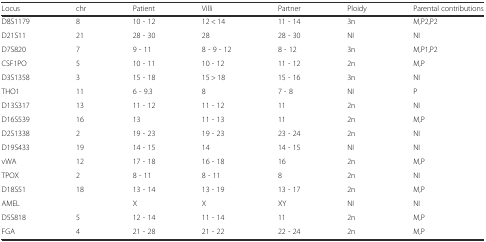
| Locus | chr | Patient | Villi | Partner | Ploidy | Parental contributions |
 | --- | --- | --- | --- | --- | --- | --- |
 | D8S1179 | 8 | 10 - 12 | 12 < 14 | 11 - 14 | 3n | M,P2,P2 |
 | D21S11 | 21 | 28 - 30 | 28 | 28 - 30 | NI | NI |
 | D7S820 | 7 | 9 - 11 | 8 - 9 - 12 | 8 - 12 | 3n | M,P1,P2 |
 | CSF1PO | 5 | 10 - 11 | 10 - 12 | 11 - 12 | 2n | M,P |
 | D3S1358 | 3 | 15 - 18 | 15 > 18 | 15 - 16 | 3n | NI |
 | THO1 | 11 | 6 - 9.3 | 8 | 7 - 8 | NI | P |
 | D13S317 | 13 | 11 - 12 | 11 - 12 | 11 | 2n | NI |
 | D16S539 | 16 | 13 | 11 - 13 | 11 | 2n | M,P |
 | D2S1338 | 2 | 19 - 23 | 19 - 23 | 23 - 24 | 2n | NI |
 | D19S433 | 19 | 14 - 15 | 14 | 14 - 15 | NI | NI |
 | vWA | 12 | 17 - 18 | 16 - 18 | 16 | 2n | M,P |
 | TPOX | 2 | 8 - 11 | 8 - 11 | 8 | 2n | NI |
 | D18S51 | 18 | 13 - 14 | 13 - 19 | 13 - 17 | 2n | M,P |
 | AMEL |  | X | X | XY | NI | NI |
 | D5S818 | 5 | 12 - 14 | 11 - 14 | 11 | 2n | M,P |
 | FGA | 4 | 21 - 28 | 21 - 22 | 22 - 24 | 2n | M,P |